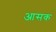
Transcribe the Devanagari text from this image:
आसक